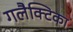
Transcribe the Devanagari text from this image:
गलैक्टिका